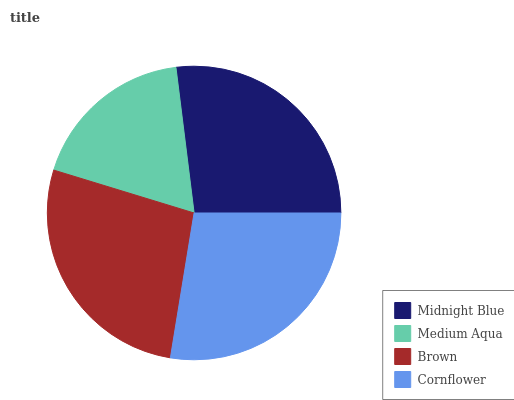
| Midnight Blue | Medium Aqua | Brown | Cornflower |
 | --- | --- | --- | --- |
 | 26.9% | 18.3% | 27.2% | 27.5% |